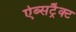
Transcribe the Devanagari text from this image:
ऐब्सट्रैक्ट